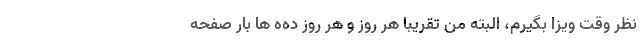
نظر وقت ویزا بگیرم، البته من تقریبا هر روز و هر روز ده‌ه ها بار صفحه